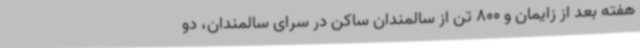
هفته بعد از زایمان و 800 تن از سالمندان ساکن در سرای سالمندان، دو